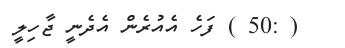
( :50 ) ފަހެ އެއުރެން އެދެނީ ޖާހިލީ